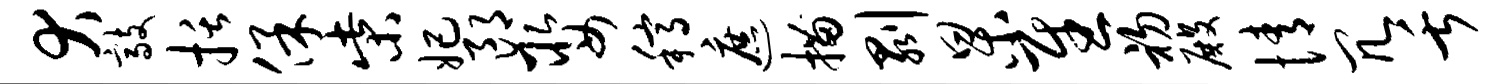
犬敲括保柴妃郎娶稿遮描剥杲慰初殿情冗舌